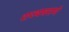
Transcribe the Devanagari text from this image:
राज्यघराणे